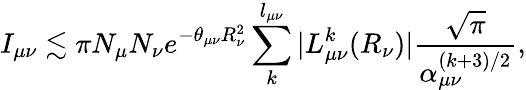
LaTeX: I_{\mu\nu}\lesssim\pi N_{\mu}N_{\nu}e^{-\theta_{\mu\nu}R_{\nu}^{2}}\sum_{k}^{l_{\mu\nu}}|L_{\mu\nu}^{k}(R_{\nu})|\frac{\sqrt{\pi}}{\alpha_{\mu\nu}^{(k+3)/2}},